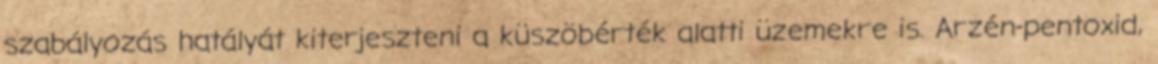
szabályozás hatályát kiterjeszteni a küszöbérték alatti üzemekre is. Arzén-pentoxid,